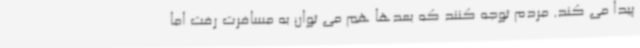
پیدا می کند. مردم توجه کنند که بعدها هم می توان به مسافرت رفت اما